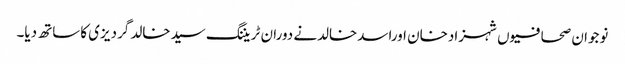
نوجوان صحافیوں شہزادخان اوراسدخالدنے دوران ٹریننگ سیدخالد گردیزی کاساتھ دیا۔